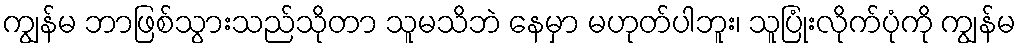
ကျွန်မ ဘာဖြစ်သွားသည်သိုတာ သူမသိဘဲ နေမှာ မဟုတ်ပါဘူး၊ သူပြုံးလိုက်ပုံကို ကျွန်မ